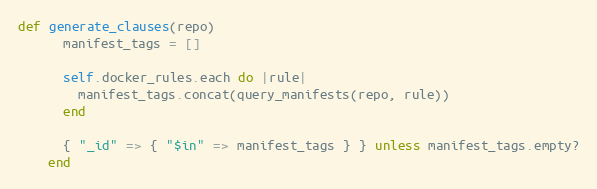
Language: Ruby
def generate_clauses(repo)
      manifest_tags = []

      self.docker_rules.each do |rule|
        manifest_tags.concat(query_manifests(repo, rule))
      end

      { "_id" => { "$in" => manifest_tags } } unless manifest_tags.empty?
    end